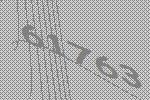
61763